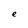
Character: e